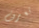
تعرف